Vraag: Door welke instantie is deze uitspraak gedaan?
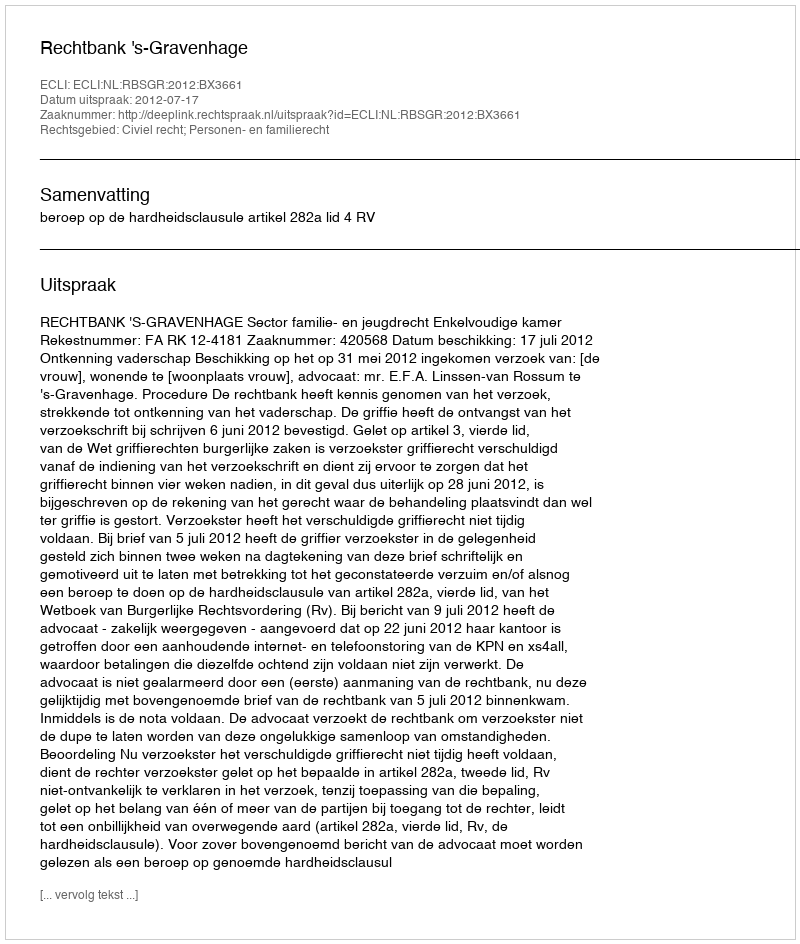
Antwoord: Rechtbank 's-Gravenhage